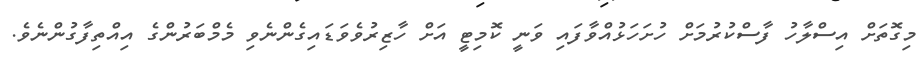
މިގޮތަށް އިސްލާހު ފާސްކުރުމަށް ހުށަހަޅުއްވާފައި ވަނީ ކޮމިޓީ އަށް ހާޒިރުވެވަޑައިގެންނެވި މެމްބަރުންގެ އިއްތިފާގުންނެވެ.